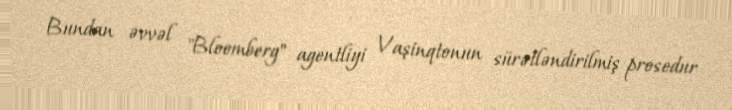
Bundan əvvəl "Bloomberg" agentliyi Vaşinqtonun sürətləndirilmiş prosedur